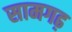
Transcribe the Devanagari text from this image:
सामगढ़